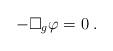
LaTeX: \begin{align*}-\Box_g \varphi = 0 \;.\end{align*}